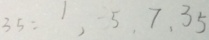
3 5 : 1 , 5 , 7 , 3 5